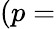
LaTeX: (p=